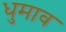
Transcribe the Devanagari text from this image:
धुमाव